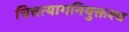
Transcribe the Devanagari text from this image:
चित्तत्यागनियुक्तश्च